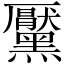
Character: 黶